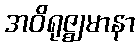
အဝိရုဇ္ဈမာနာ